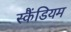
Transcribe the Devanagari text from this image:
स्कैंडियम